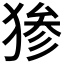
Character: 𬌷